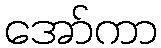
အော်ကာ